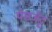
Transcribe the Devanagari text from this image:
पेडजेट्ट